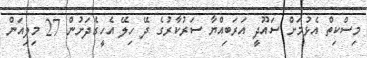
މިސްކިތް އެޅުމަށް ސައޫދީ އަރަބިއްޔާ ސަރުކާރުގެ ދޭ ހިލޭ އެހީގެދަށުން 27 މިލިއަން